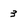
Character: 3